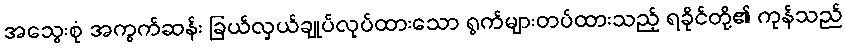
အသွေးစုံ အကွက်ဆန်း ခြယ်လှယ်ချုပ်လုပ်ထားသော ရွက်များတပ်ထားသည့် ရခိုင်တို့၏ ကုန်သည်